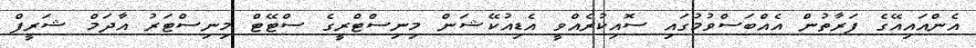
އެންއައިއޭގެ ފަރާތުން އެއްބަސްވުމުގައި ސޮއިކުރެއްވީ އެޑިއުކޭޝަން މިނިސްޓްރީގެ ސްޓޭޓް މިނިސްޓަރު އާދަމް ޝަރީފް